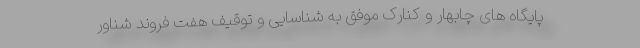
پایگاه های چابهار و کنارک موفق به شناسایی و توقیف هفت فروند شناور